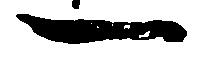
一